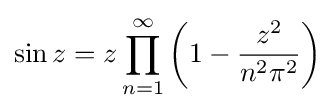
\sin z=z\prod _{n=1}^{\infty }\left(1-{\frac {z^{2}}{n^{2}\pi ^{2}}}\right)